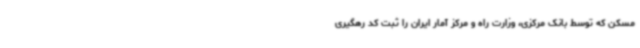
مسکن که توسط بانک مرکزی، وزارت راه و مرکز آمار ایران را ثبت کد رهگیری